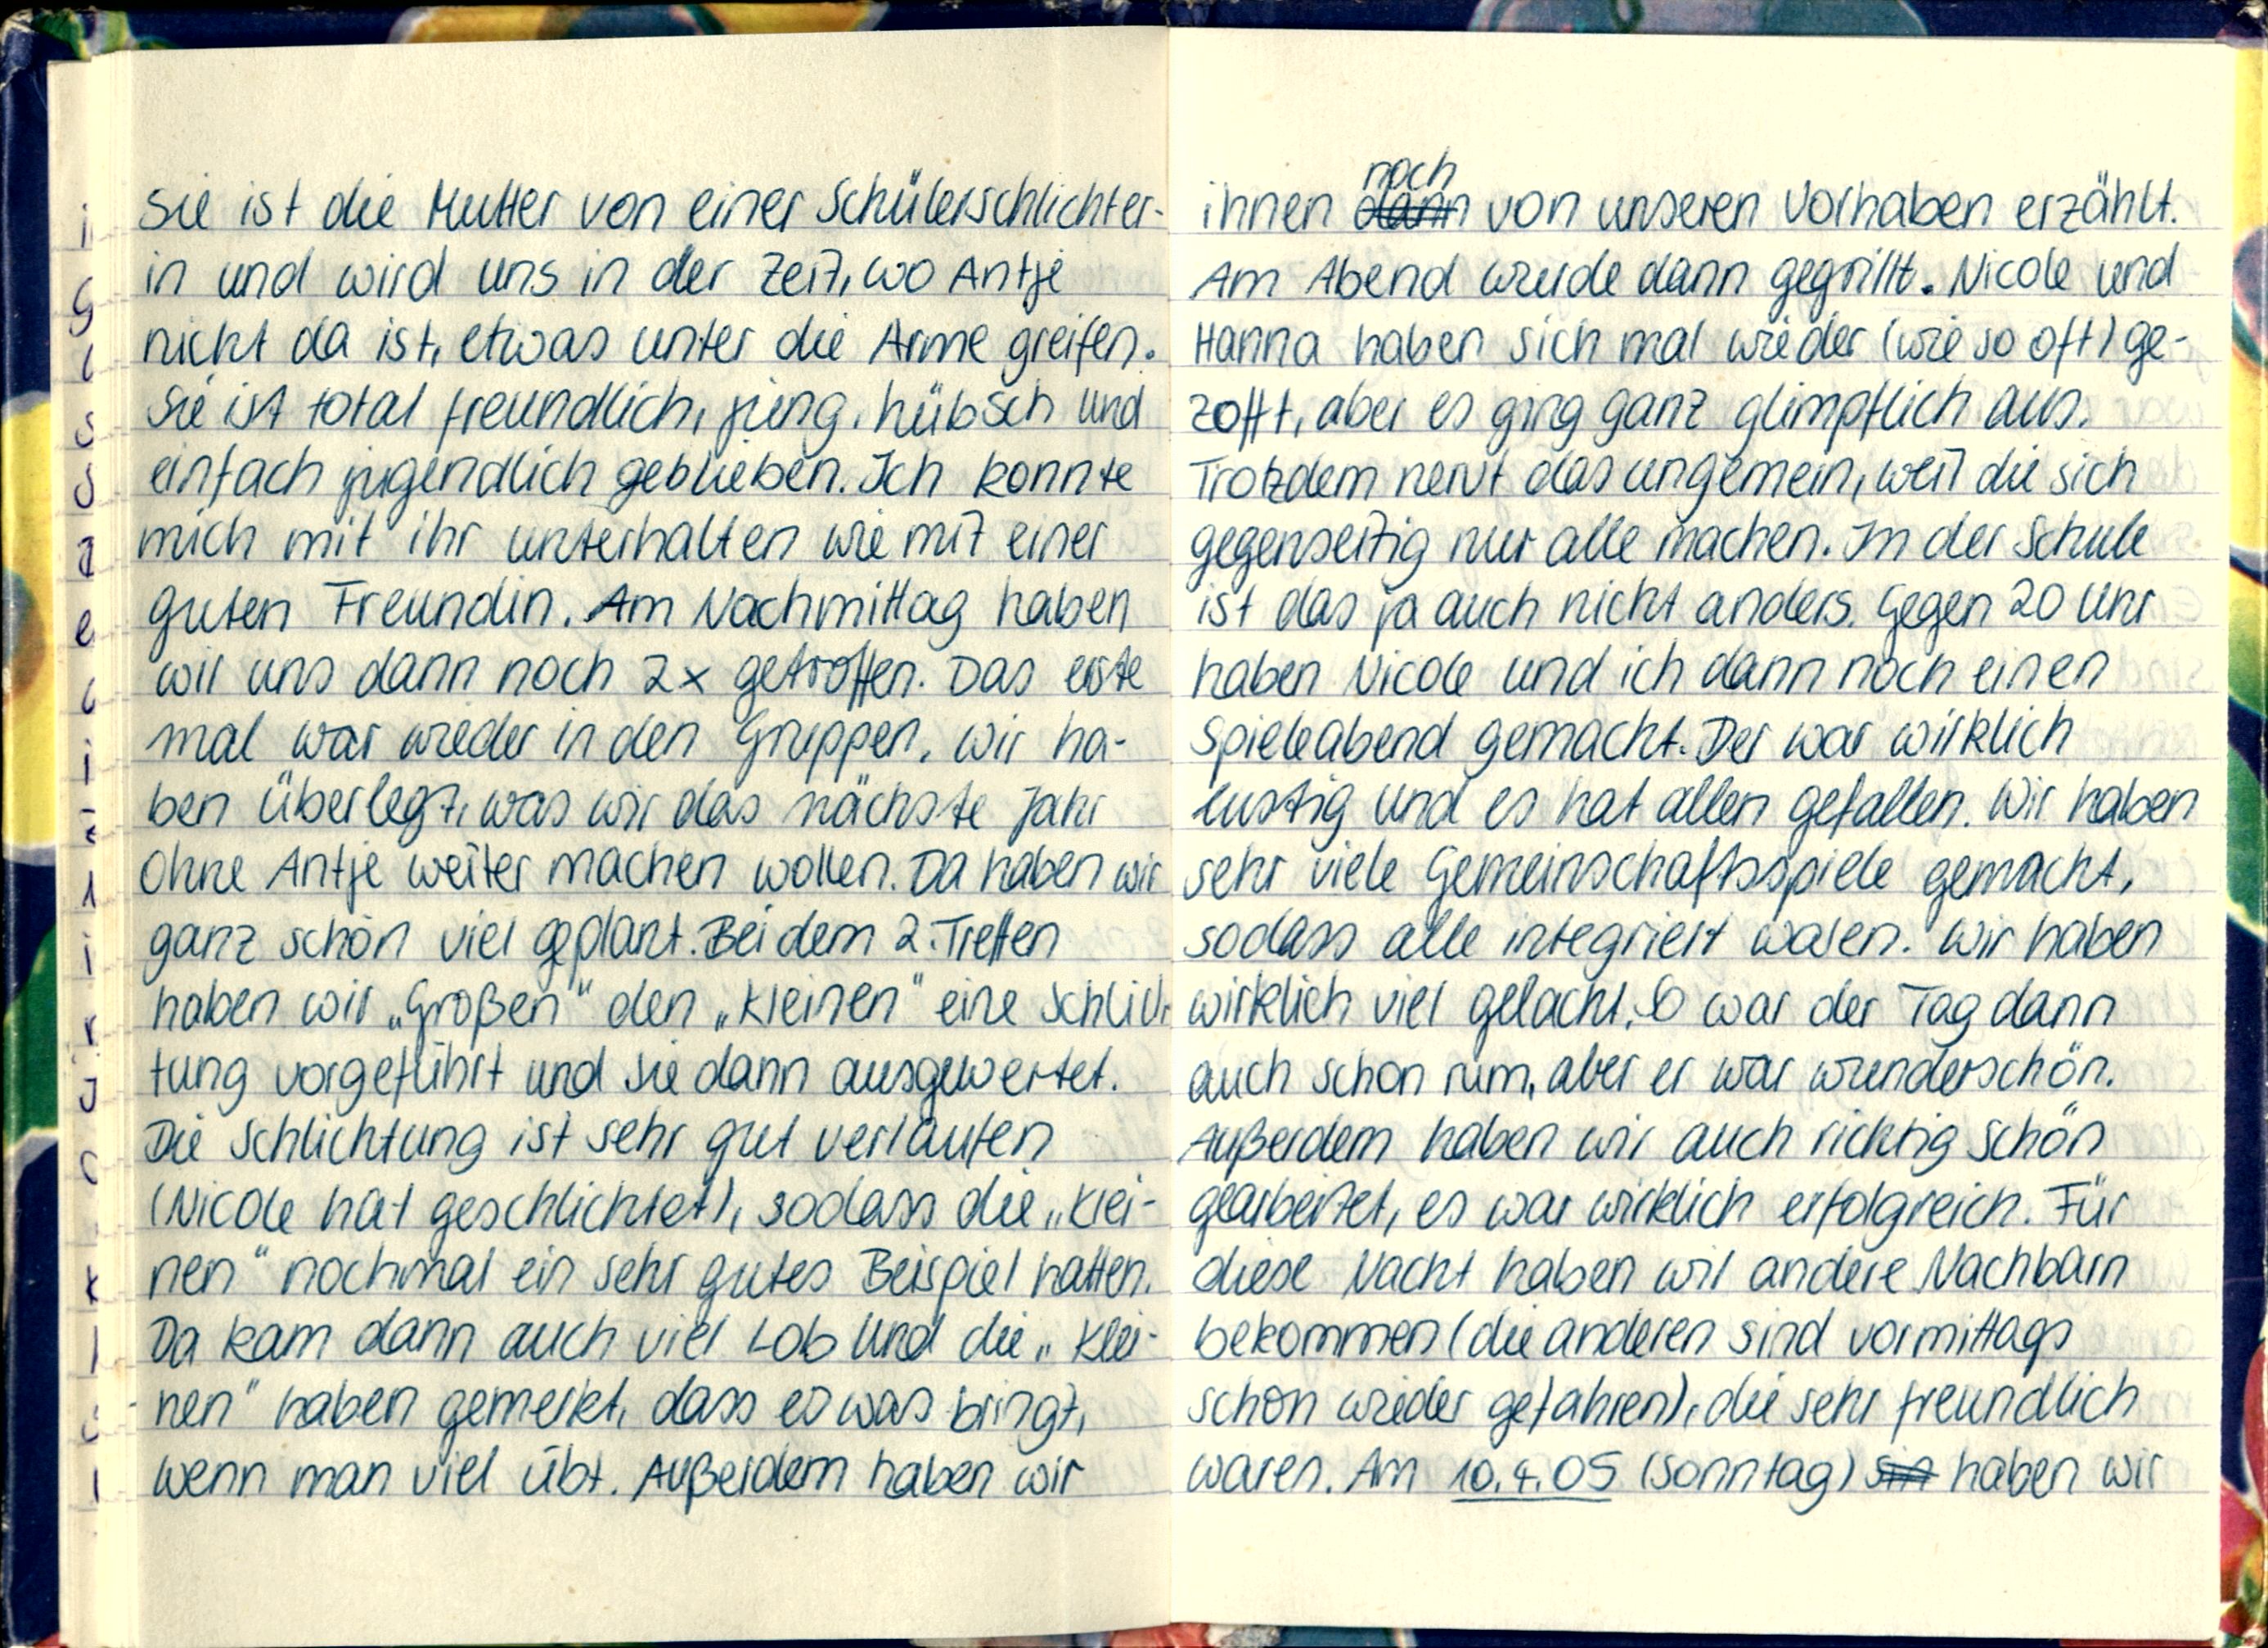
sie ist die Mutter von einer Schülerschlichter-
in und wird uns in der Zeit, wo Antje
nicht da ist, etwas unter die Arme greifen.
Sie ist total freundlich, jung, hübsch und
einfach jugendlich geblieben. Ich konnte
mich mit ihr unterhalten wie mit einer
guten Freundin. Am Nachmittag haben
wir uns dann noch 2x getroffen. Das erste
mal war wieder in den Gruppen. Wir ha-
ben überlegt, was wir das nächste Jahr
ohne Antje weiter machen wollen. Da haben wir
ganz schön viel geplant. Bei dem 2. Treffen
haben wir „Großen" den „Kleinen" eine Schlich-
tung vorgeführt und sie dann ausgewertet.
Die Schlichtung ist sehr gut verlaufen
(Nicole hat geschlichtet), sodass die „Klei-
nen" nochmal ein sehr gutes Beispiel hatten.
Da kam dann auch viel Lob und die „Klei-
nen" haben gemerkt, dass es was bringt,
wenn man viel übt. Außerdem haben wir

ihnen noch von unseren Vorhaben erzählt.
Am Abend wurde dann gegrillt. Nicole und
Hanna haben sich mal wieder (wie so oft) ge-
zofft, aber es ging ganz glimpflich aus.
Trotzdem nervt das ungemein, weil die sich
gegenseitig nur alle machen. In der Schule
ist das ja auch nicht anders. Gegen 20 Uhr
haben Nicole und ich dann noch einen
Spieleabend gemacht. Der war wirklich
lustig und es hat allen gefallen. Wir haben
sehr viele Gemeinschaftsspiele gemacht,
sodass alle integriert waren. Wir haben
wirklich viel gelacht. So war der Tag dann
auch schon rum, aber er war wunderschön.
Außerdem haben wir auch richtig schön
gearbeitet, es war wirklich erfolgreich. Für
diese Nacht haben wir andere Nachbarn
bekommen (die anderen sind vormittags
schon wieder gefahren), die sehr freundlich
waren. Am 10.4.05 (Sonntag) haben wir